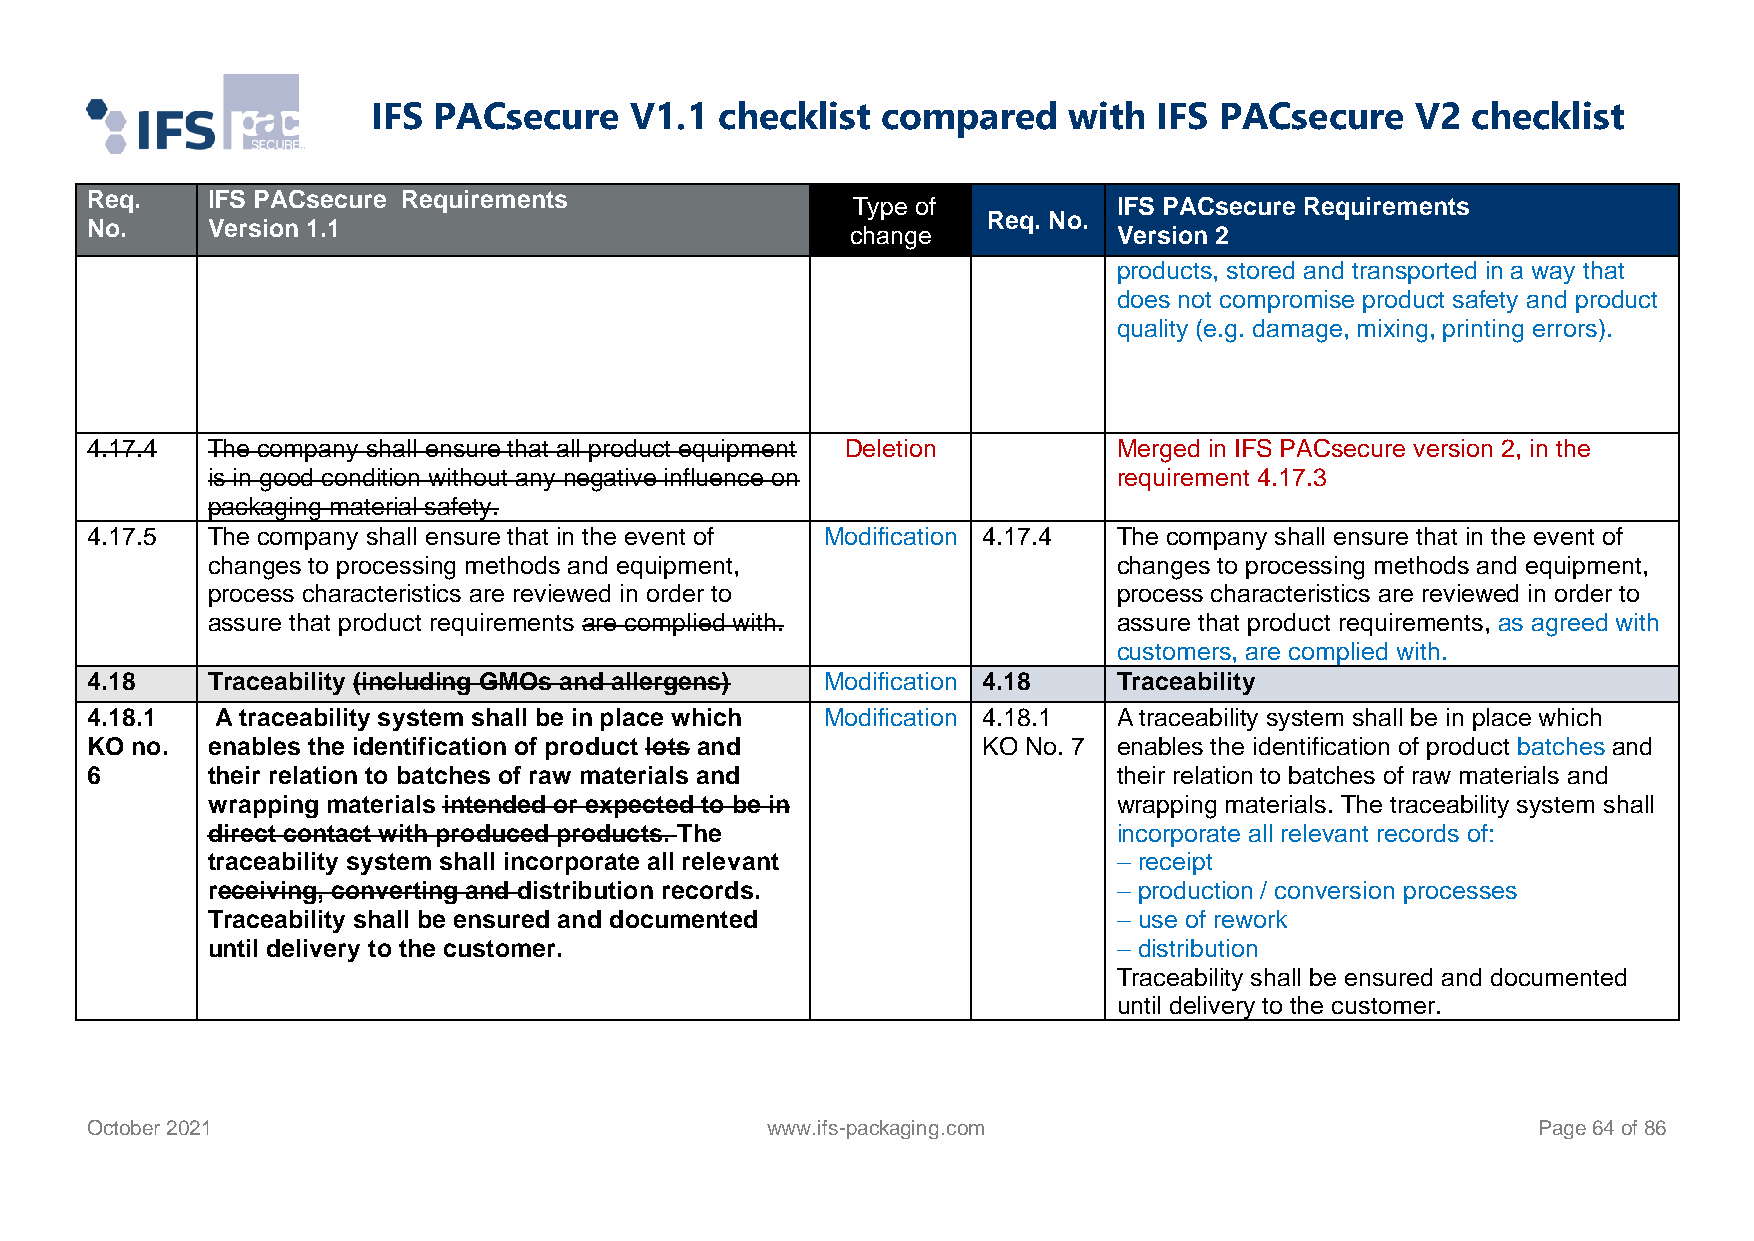
IFS PACsecure    V1.1  checklist compared     with  IFS PACsecure    V2 checklist
 Req.    IFS PACsecure Requirements
 Type of           IFS PACsecure Requirements
 Req. No.
 No.     Version 1.1                               change            Version 2
 products, stored and transported in a way that
 does not compromise product safety and product
 quality (e.g. damage, mixing, printing errors).
 4.17.4  The company shall ensure that all product equipment Deletion Merged in IFS PACsecure version 2, in the
 is in good condition without any negative influence on      requirement 4.17.3
 packaging material safety.
 4.17.5  The company shall ensure that in the event of Modification 4.17.4 The company shall ensure that in the event of
 changes to processing methods and equipment,                changes to processing methods and equipment,
 process characteristics are reviewed in order to            process characteristics are reviewed in order to
 assure that product requirements are complied with.         assure that product requirements, as agreed with
 customers, are complied with.
 4.18    Traceability (including GMOs and allergens) Modification 4.18 Traceability
 4.18.1  A traceability system shall be in place which Modification 4.18.1 A traceability system shall be in place which
 KO no.  enables the identification of product lots and     KO No. 7 enables the identification of product batches and
 6       their relation to batches of raw materials and              their relation to batches of raw materials and
 wrapping materials intended or expected to be in            wrapping materials. The traceability system shall
 direct contact with produced products. The                  incorporate all relevant records of:
 traceability system shall incorporate all relevant          – receipt
 receiving, converting and distribution records.             – production / conversion processes
 Traceability shall be ensured and documented                – use of rework
 until delivery to the customer.                             – distribution
 Traceability shall be ensured and documented
 until delivery to the customer.
 October 2021                                 www.ifs-packaging.com                              Page 64 of 86